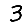
Digit: 3